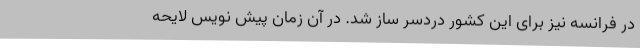
در فرانسه نیز برای این کشور دردسر ساز شد. در آن زمان پیش نویس لایحه